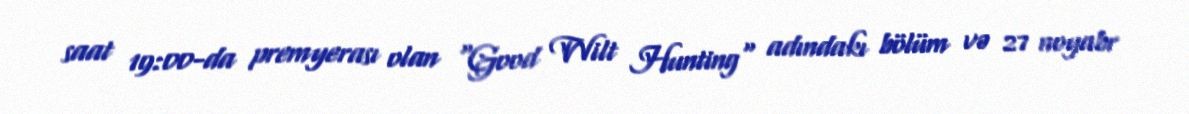
saat 19:00-da premyerası olan "Good Wilt Hunting" adındakı bölüm və 27 noyabr